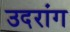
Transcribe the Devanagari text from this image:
उदरांग